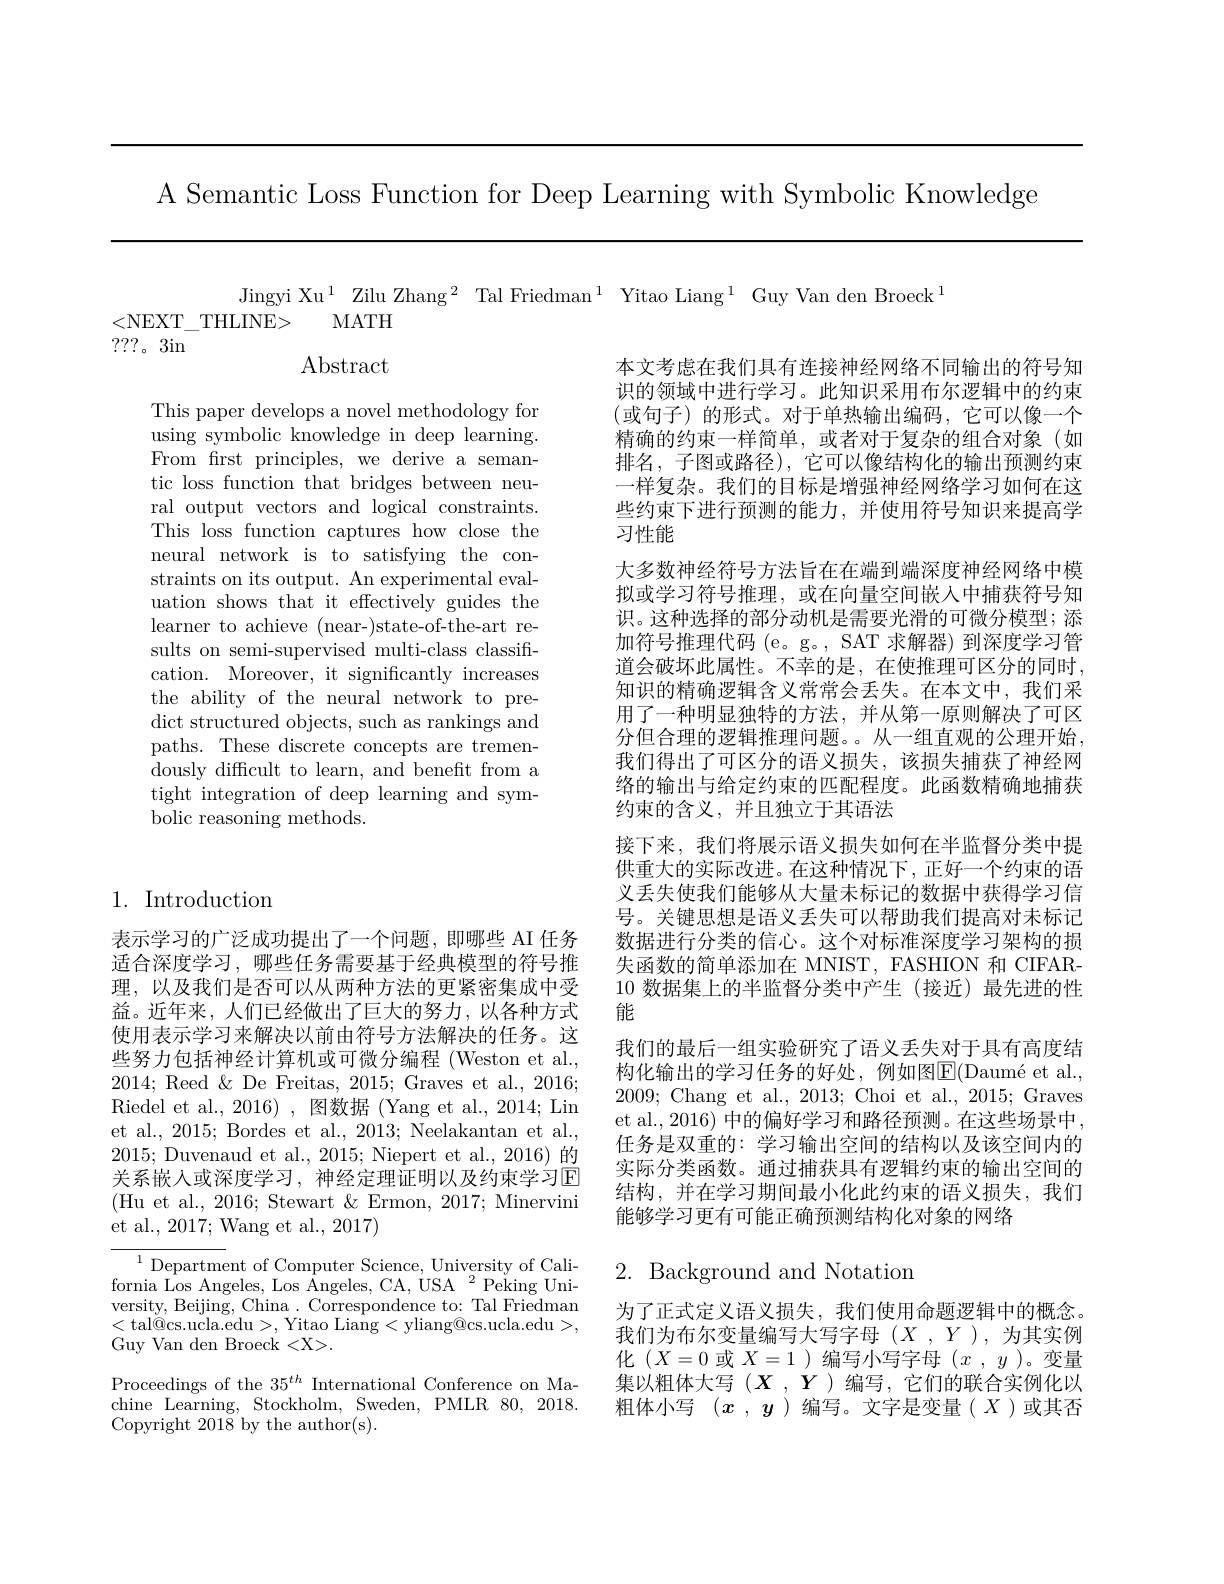
A Semantic Loss Function for Deep Learning with Symbolic Knowledge

Jingyi Xu$^{1}$ Zilu Zhang$^2$ Tal Friedman$^1$ Yitao Liang$^1$ Guy Van den Broeck$^{1}$
<NEXT\_THLINE> MATH
???。3in

$\operatorname{Abstract}$

This paper develops a novel methodology for using symbolic knowledge in deep learning. From frst principles, we derive a semantic loss function that bridges between neural output vectors and logical constraints. This loss function captures how close the neural network is to satisfying the constraints on its output. An experimental evaluation shows that it effectively guides the learner to achieve (near-)state-of-the-art results on semi-supervised multi-class classification. Moreover, it significantly increases the ability of the neural network to predict structured objects, such as rankings and paths. These discrete concepts are tremendously difficult to learn, and benefit from a tight integration of deep learning and symbolic reasoning methods.

本文考虑在我们具有连接神经网络不同输出的符号知识的领域中进行学习。此知识采用布尔逻辑中的约束(或句子)的形式。对于单热输出编码，它可以像一个精确的约束一样简单，或者对于复杂的组合对象(如排名，子图或路径),它可以像结构化的输出预测约束一样复杂。我们的目标是增强神经网络学习如何在这些约束下进行预测的能力，并使用符号知识来提高学习性能
大多数神经符号方法旨在在端到端深度神经网络中模拟或学习符号推理，或在向量空间嵌入中捕获符号知识。这种选择的部分动机是需要光滑的可微分模型；添加符号推理代码 (e。g。, SAT 求解器) 到深度学习管道会破坏此属性。不幸的是，在使推理可区分的同时， 知识的精确逻辑含义常常会丢失。在本文中，我们采用了一种明显独特的方法，并从第一原则解决了可区分但合理的逻辑推理问题。从一组直观的公理开始， 我们得出了可区分的语义损失，该损失捕获了神经网络的输出与给定约束的匹配程度。此函数精确地捕获约束的含义，并且独立于其语法
接下来，我们将展示语义损失如何在半监督分类中提供重大的实际改进。在这种情况下，正好一个约束的语义丢失使我们能够从大量未标记的数据中获得学习信号。关键思想是语义丢失可以帮助我们提高对未标记数据进行分类的信心。这个对标准深度学习架构的损失函数的简单添加在 MNIST, FASHION 和 CIFAR- 10数据集上的半监督分类中产生(接近)最先进的性能
我们的最后一组实验研究了语义丢失对于具有高度结构化输出的学习任务的好处，例如图E$( \text{Daum\' eetal. }$, 2009; Chang et al., 2013; Choi et al., 2015; Graves et al., 2016) 中的偏好学习和路径预测。在这些场景中， 任务是双重的：学习输出空间的结构以及该空间内的实际分类函数。通过捕获具有逻辑约束的输出空间的结构，并在学习期间最小化此约束的语义损失，我们能够学习更有可能正确预测结构化对象的网络

1. Introduction

表示学习的广泛成功提出了一个问题，即哪些 AI 任务适合深度学习，哪些任务需要基于经典模型的符号推理，以及我们是否可以从两种方法的更紧密集成中受益。近年来，人们已经做出了巨大的努力，以各种方式使用表示学习来解决以前由符号方法解决的任务。这些努力包括神经计算机或可微分编程 (Weston et al., 2014; Reed & De Freitas, 2015; Graves et al., 2016; Riedel et al., 2016) , 图数据 (Yang et al., 2014; Lin et al., 2015; Bordes et al., 2013; Neelakantan et al., 2015; Duvenaud et al., 2015; Niepert et al., 2016)的关系嵌人或深度学习，神经定理证明以及约束学习E (Hu et al., 2016; Stewart & Ermon, 2017; Minervini et al., 2017; Wang et al., 2017)

## 2. Background and Notation

${^{1}\text{Department of Computer Science, University of Cali-}}$ fornia Los Angeles, Los Angeles, CA, USA $^{2}$Peking University, Beijing, China. Correspondence to: Tal Friedman <tal@cs.ucla.edu>,Yitao Liang<yliang®cs.ucla.edu>, Guy Van den Broeck <X>.
Proceedings of the $35^{th}$ International Conference on Machine Learning, Stockholm, Sweden, PMLR 80, 2018. Copyright 2018 by the author(s).

为了正式定义语义损失，我们使用命题逻辑中的概念。我们为布尔变量编写大写字母$(X,Y)$,为其实例化$(X=0$或$X=1$ )编写小写字母$(x,y$ )。变量集 以 粗 体 大 写 ( X, Y) 编 写 , 它 们 的 联 合 实 例 化 以 粗 体 小 写 ( x, y) 编 写 。文 字 是 变 量 ( X) 或 其 否